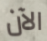
الآن